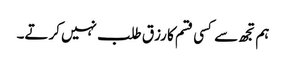
ہم تجھ سے کسی قسم کا رزق طلب نہیں کرتے۔